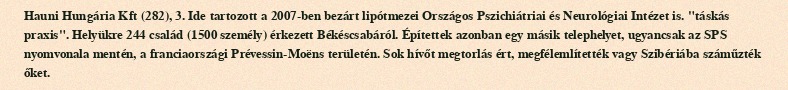
Hauni Hungária Kft (282), 3. Ide tartozott a 2007-ben bezárt lipótmezei Országos Pszichiátriai és Neurológiai Intézet is. "táskás praxis". Helyükre 244 család (1500 személy) érkezett Békéscsabáról. Építettek azonban egy másik telephelyet, ugyancsak az SPS nyomvonala mentén, a franciaországi Prévessin-Moëns területén. Sok hívőt megtorlás ért, megfélemlítették vagy Szibériába száműzték őket.